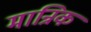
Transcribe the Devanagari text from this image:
मान्रिक